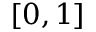
[ 0 , 1 ]